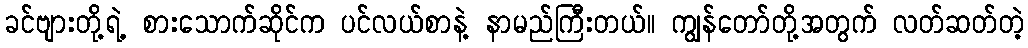
ခင်ဗျားတို့ရဲ့ စားသောက်ဆိုင်က ပင်လယ်စာနဲ့ နာမည်ကြီးတယ်။ ကျွန်တော်တို့အတွက် လတ်ဆတ်တဲ့